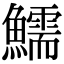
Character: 鱬